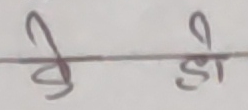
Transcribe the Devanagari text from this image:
के डी